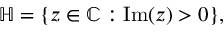
\mathbb { H } = \{ z \in \mathbb { C } : \operatorname { I m } ( z ) > 0 \} ,